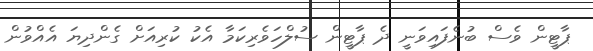
ޕާޓީން ވެސް ބުނެފައިވަނީ ދެ ޕާޓީން ސުލްހަވެރިކަމާ އެކު ކުރިއަށް ގެންދިޔަ އެއްވުން